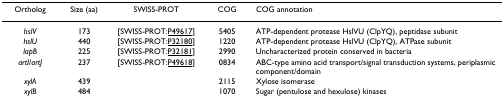
| Ortholog | Size (aa) | SWISS-PROT | COG | COG annotation |
 | --- | --- | --- | --- | --- |
 | hslV | 173 | [SWISS-PROT:P49617] | 5405 | ATP-dependent protease HslVU (ClpYQ), peptidase subunit |
 | hslU | 440 | [SWISS-PROT:P32180] | 1220 | ATP-dependent protease HslVU (ClpYQ), ATPase subunit |
 | lapB | 225 | [SWISS-PROT:P32181] | 2990 | Uncharacterized protein conserved in bacteria |
 | artI/artJ | 237 | [SWISS-PROT:P49618] | 0834 | ABC-type amino acid transport/signal transduction systems, periplasmic component/domain |
 | xylA | 439 |  | 2115 | Xylose isomerase |
 | xylB | 484 |  | 1070 | Sugar (pentulose and hexulose) kinases |